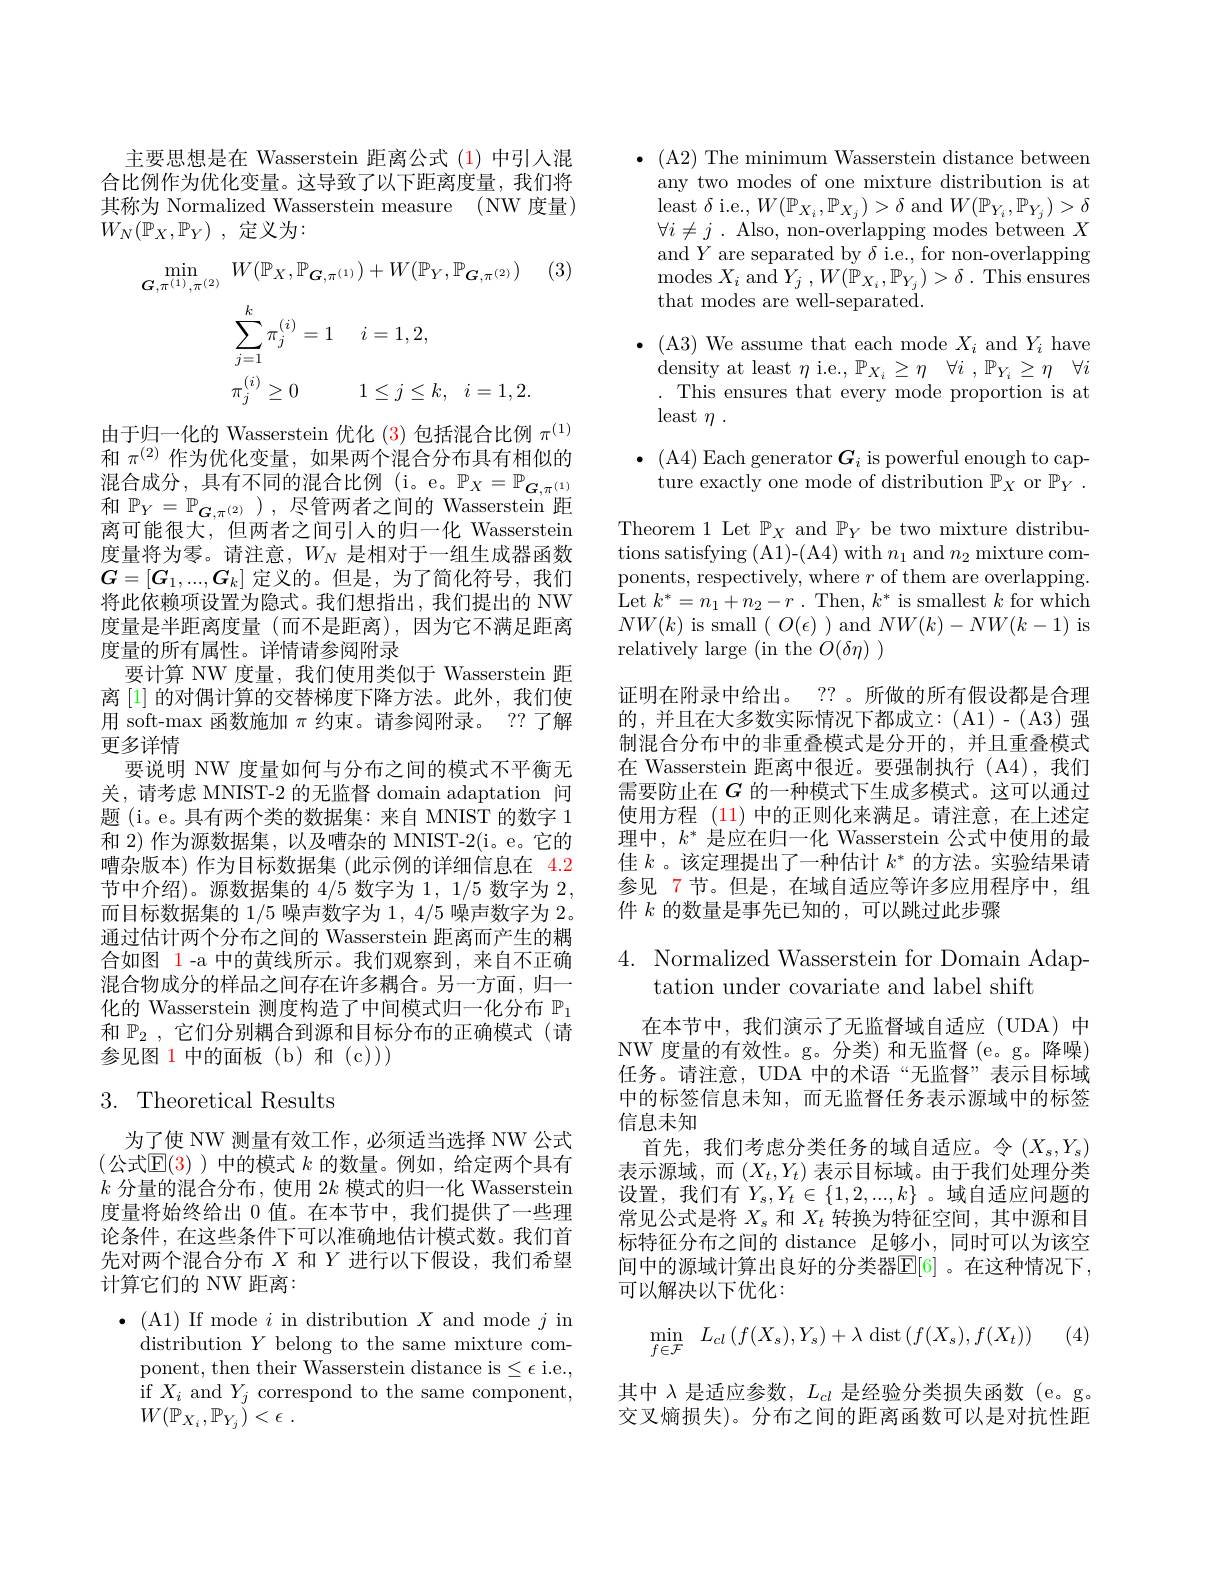
主要思想是在 Wasserstein 距离公式(1)中引人混合比例作为优化变量。这导致了以下距离度量，我们将其称为 Normalized Wasserstein measure (NW 度量) $W_N( \mathbb{P} _X, \mathbb{P} _Y)$ ,定义为：

(3)
$$\begin{aligned}\operatorname*{min}_{G,\pi^{(1)},\pi^{(2)}}&W(\mathbb{P}_{X},\mathbb{P}_{\boldsymbol{G},\pi^{(1)}})+W(\mathbb{P}_{Y},\mathbb{P}_{\boldsymbol{G},\pi^{(2)}})\\&\sum_{j=1}^{k}\pi_{j}^{(i)}=1\quad i=1,2,\\&\pi_{j}^{(i)}\geq0\quad1\leq j\leq k,\quad i=1,2.\end{aligned}$$
由于归一化的 Wasserstein 优化 (3)包括混合比例$\pi^{(1)}$ 和$\pi^{(2)}$作为优化变量，如果两个混合分布具有相似的混合成分，具有不同的混合比例(i。e。$\mathbb{P}_X=\mathbb{P}_{G,\pi^{(1)}}$ 和$\mathbb{P}_Y=\mathbb{P}_{G,\pi^{(2)}}$),尽管两者之间的 Wasserstein 距离可能很大，但两者之间引人的归一化 Wasserstein 度量将为零。请注意，$W_N$是相对于一组生成器函数$G=[G_1,...,G_k]$定义的。但是，为了简化符号，我们$\dot{\text{将此依赖项设置为隐式。我们想指出，我们提出的 NW}}$ 度量是半距离度量(而不是距离),因为它不满足距离度量的所有属性。详情请参阅附录
要计算 NW 度量，我们使用类似于 Wasserstein 距离 [1] 的对偶计算的交替梯度下降方法。此外，我们使用 soft-max 函数施加$\pi$约束。请参阅附录。?? 了解更多详情
要说明 NW 度量如何与分布之间的模式不平衡无关，请考虑 MNIST-2 的无监督 domain adaptation 间题 (i。e。具有两个类的数据集：来自 MNIST 的数字 1和 2) 作为源数据集，以及嘈杂的 MNIST-2(i。e。它的嘈杂版本) 作为目标数据集 (此示例的详细信息在$\color{red}{4.2}$ 节中介绍)。源数据集的 4/5 数字为 1, 1/5 数字为 2, 而目标数据集的 1/5 噪声数字为 1, 4/5 噪声数字为 2。通过估计两个分布之间的 Wasserstein 距离而产生的耦合如图 1-a 中的黄线所示。我们观察到，来自不正确混合物成分的样品之间存在许多耦合。另一方面，归一化的 Wasserstein 测度构造了中间模式归一化分布$\mathbb{P}_1$ 和$\mathbb{P} _2$ ,它们分别耦合到源和目标分布的正确模式(请参见图 1 中的面板(b)和(c))

### 3. Theoretical Results

为了使 NW 测量有效工作，必须适当选择 NW 公式(公式$\mathbb{E}(3)$ )中的模式 $k$ 的数量。例如，给定两个具有$k$分量的混合分布，使用$2k$模式的归一化 Wasserstein 度量将始终给出0值。在本节中，我们提供了一些理论条件，在这些条件下可以准确地估计模式数。我们首先对两个混合分布$X$和$Y$进行以下假设，我们希望计算它们的 NW 距离：
$\bullet$ (A1) If mode $i$ in distribution $X$ and mode $j$ in distribution $Y$ belong to the same mixture component, then their Wasserstein distance is$\leq\epsilon$ i.e., if $X_i$ and $Y_j$ correspond to the same component, $W( \mathbb{P} _{X_i}, \mathbb{P} _{Y_j}) < \epsilon$ .

$\bullet$ (A2) The minimum Wasserstein distance between
any two modes of one mixture distribution is at least $\delta$ i.e., $W(\mathbb{P}_{X_i},\mathbb{P}_{X_j})>\delta$ and $W(\mathbb{P}_{Y_i},\mathbb{P}_{Y_j})>\delta$ $\forall i\neq j$ . Also, non-overlapping modes between $X$ and $Y$ are separated by $\delta$ i.e., for non-overlapping $\begin{array}{l}{\mathrm{modes~}X_{i}\mathrm{~and~}Y_{j}~,~W(\mathbb{P}_{X_{i}},\mathbb{P}_{Y_{j}})>\delta~.~\mathrm{This~ensures}\\{\mathrm{that~modes~are~well-separated}.}\end{array}}\\$

$\bullet$ (A3) We assume that each mode $X_i$ and $Y_i$ have

$\operatorname*{density}$ at least $\eta$ i.e., $\mathbb{P}_X_i\geq\eta\:\forall i\:,\mathbb{P}_{Y_i}\geq\eta\:\forall i$

. This ensures that every mode proportion is at

least $\eta$ .

$\bullet$ (A4) Each generator $G_i$ is powerful enough to cap-

ture exactly one mode of distribution $\mathbb P_X$ or $\mathbb P_Y.$

Theorem 1 Let $\mathbb{P}_X$ and $\mathbb{P}_Y$ be two mixture distribu-

tions satisfying (A1)-(A4) with $n_1$ and $n_2$ mixture com-

ponents, respectively, where $r$ of them are overlapping.

Let $k^*=n_1+n_2-r$ .Then, $k^*$ is smallest $k$ for which

$NW(k)$ is small $(O(\epsilon))$ and $NW(k)-NW(k-1)$ is

relatively large $\mathrm{(in~the~}^{\prime}O(\delta\eta)$

证明在附录中给出。?? 。所做的所有假设都是合理

的，并且在大多数实际情况下都成立：(A1)-(A3)强

制混合分布中的非重叠模式是分开的，并且重叠模式

在 Wasserstein 距离中很近。要强制执行 (A4),我们

需要防止在$G$的一种模式下生成多模式。这可以通过

使用方程 (11) 中的正则化来满足。请注意，在上述定

理中，$k^*$是应在归一化 Wasserstein 公式中使用的最

佳$k$ 。该定理提出了一种估计$k^*$的方法。实验结果请

参见 7节。但是，在域自适应等许多应用程序中，组

件$k$的数量是事先已知的，可以跳过此步骤

4. Normalized Wasserstein for Domain Adap-
tation under covariate and label shift
在本节中，我们演示了无监督域自适应(UDA)中NW 度量的有效性。g。分类)和无监督(e。g。降噪) 任务。请注意，UDA 中的术语“无监督”表示目标域中的标签信息未知，而无监督任务表示源域中的标签信息未知
首先，我们考虑分类任务的域自适应。令$(X_s,Y_s)$ 表示源域，而$(X_t,Y_t)$表示目标域。由于我们处理分类设置，我们有$Y_s,Y_t\in\{1,2,...,k\}$。域自适应问题的常见公式是将$X_s$和$X_t$转换为特征空间，其中源和目标特征分布之间的 distance 足够小，同时可以为该空间中的源域计算出良好的分类器$\mathbb{E}[6]$ 。在这种情况下， 可以解决以下优化：
$$\min_{f\in\mathcal{F}}\:L_{cl}\left(f(X_{s}),Y_{s}\right)+\lambda\:\mathrm{dist}\left(f(X_{s}),f(X_{t})\right)$$
其中$\lambda$是适应参数，$L_cl$是经验分类损失函数(e。g。交叉熵损失)。分布之间的距离函数可以是对抗性距